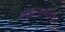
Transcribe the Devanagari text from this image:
षड्दर्शनानि